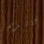
الجائزة